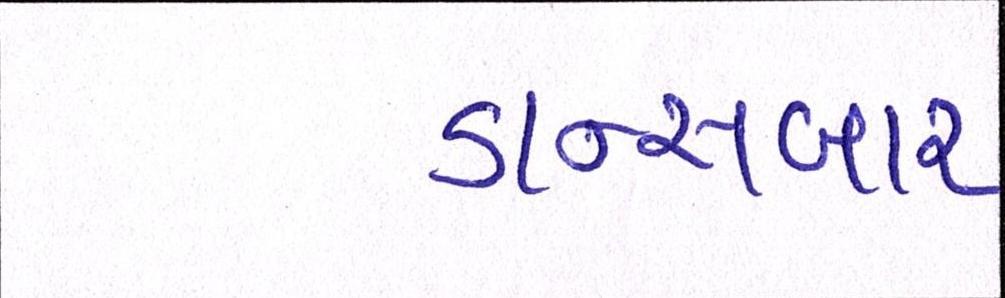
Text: ડાન્સબાર